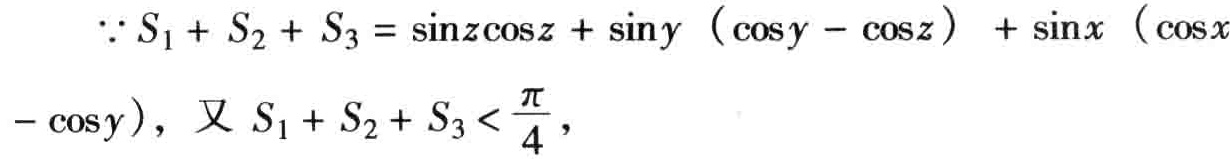
\(\because S_{1}+S_{2}+S_{3}=\sin z\cos z+\sin y(\cos y - \cos z)+\sin x(\cos x - \cos y),\) 又 \(S_{1}+S_{2}+S_{3}<\frac{\pi}{4},\)